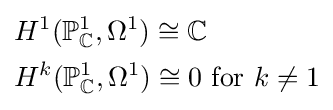
{\begin{aligned}&H^{1}(\mathbb {P} _{\mathbb {C} }^{1},\Omega ^{1})\cong \mathbb {C} \\&H^{k}(\mathbb {P} _{\mathbb {C} }^{1},\Omega ^{1})\cong 0{\text{ for }}k\neq 1\end{aligned}}